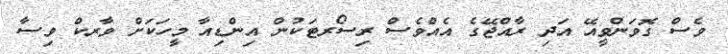
ވެސް ގޮވަންވީއޭ އަދި ރާއްޖޭގެ އެއްވެސް ރިސޯރޓަކުން އިންޑިއާ މީހަކަށް ވާރކް ވިސާ